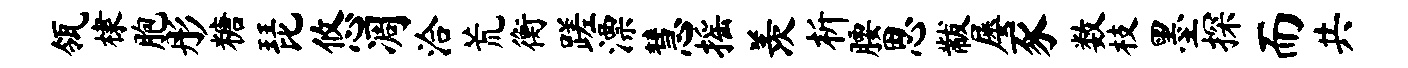
瓴棣胞彤糖琵悠凋洽荒衡蹉漂慧摇羡析腰思黻屡豕数枝墨探而共